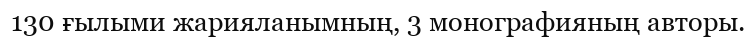
130 ғылыми жарияланымның, 3 монографияның авторы.